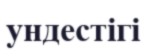
ундестігі